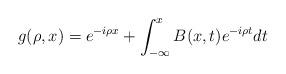
LaTeX: \begin{align*}g(\rho,x)=e^{-i\rho x}+\int_{-\infty}^{x}B(x,t)e^{-i\rho t}dt \end{align*}